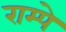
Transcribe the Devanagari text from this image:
राम्पे